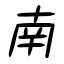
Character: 南